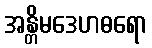
အန္တိမဒေဟဓရော